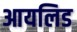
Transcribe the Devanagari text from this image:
आयलिड